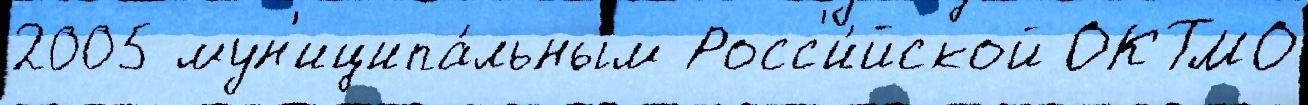
2005 мун'иципа́льным Росс'и́йской ОКТМО